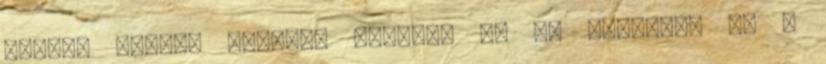
többek között érdemes ellesni az az ütemezés és a